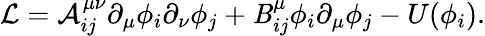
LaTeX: {\cal{L}}={\cal{A}}_{ij}^{\mu\nu}\partial_{\mu}\phi_{i}\partial_{\nu}\phi_{j}+{\cal{\mathit{B}}}_{ij}^{\mu}\phi_{i}\partial_{\mu}\phi_{j}-U(\phi_{i}).